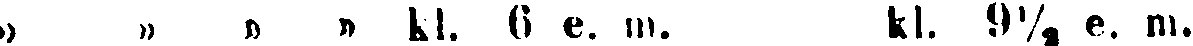
" " " " kl. 6 e. m. kl. 9½ e. m.